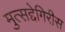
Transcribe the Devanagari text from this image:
मुत्सद्देगिरीस